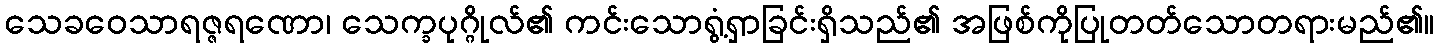
သေခဝေသာရဇ္ဇရဏော၊ သေက္ခပုဂ္ဂိုလ်၏ ကင်းသောရွံ့ရှာခြင်းရှိသည်၏ အဖြစ်ကိုပြုတတ်သောတရားမည်၏။